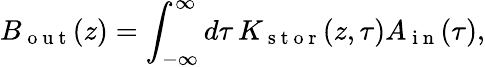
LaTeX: B_{\mathrm{~o~u~t~}}(z)=\int_{-\infty}^{\infty}d\tau\, K_{\mathrm{~s~t~o~r~}}(z,\tau)A_{\mathrm{~i~n~}}(\tau),